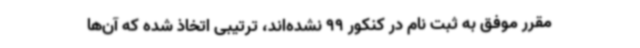
مقرر موفق به ثبت نام در کنکور 99 نشده‌اند، ترتیبی اتخاذ شده که آن‌ها